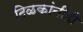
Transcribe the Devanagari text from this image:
टिळकांनीही